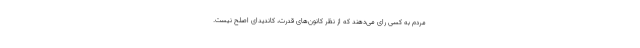
مردم به کسی رای می‌دهند که از نظر کانون‌های قدرت، کاندیدای اصلح نیست.